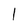
Character: 1